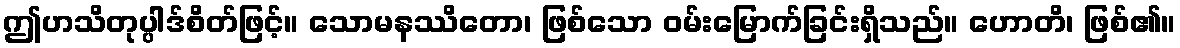
ဤဟသိတုပ္ပါဒ်စိတ်ဖြင့်။ သောမနဿိတော၊ ဖြစ်သော ဝမ်းမြောက်ခြင်းရှိသည်။ ဟောတိ၊ ဖြစ်၏။